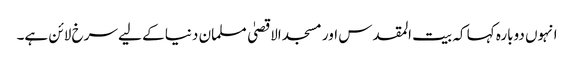
انہوں دوبارہ کہا کہ بیت المقدس اور مسجد الاقصیٰ مسلمان دنیا کے لیے سرخ لائن ہے۔